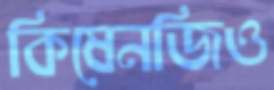
কিষেনজিও